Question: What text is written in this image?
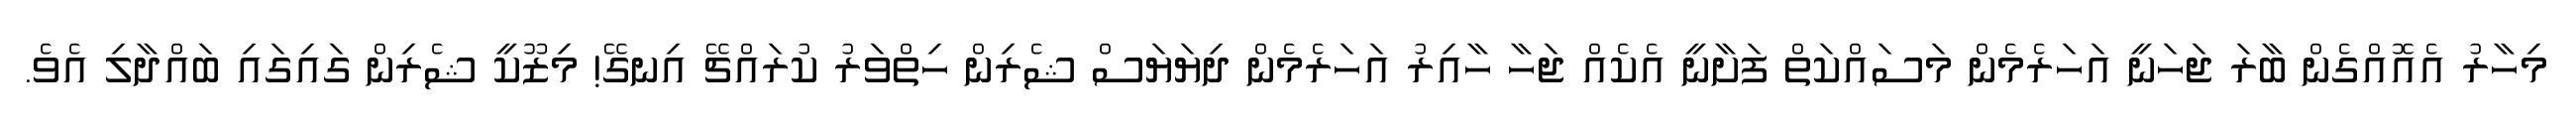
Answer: މިހާރު އެއޮއްގެން ބާރަ ޖަހަނީ އަހަރެމެން މަސައްކަތް ފަށާނީ އެކެއް ޖަހާ ހާއިރު އަހަރެމެން ދިޔަޔަސް ޝެރިން ހިތްވަރު ކުރައްޗޭ އިނގޭ! މިޒޫކީ ޝެރިން ގައިގައި ބައްދާލި އެވެ.